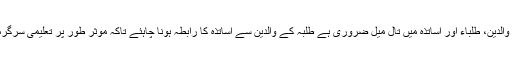
ڈاکٹر محمد عبدالعزیز سہیل نے اپنے خطاب میں کہا کہ علم کے حصول میں والدین، طلباء اور اساتذہ میں تال میل ضروری ہے طلبہ کے والدین سے اساتذہ کا رابطہ ہونا چاہئے تاکہ موثر طور پر تعلیمی سرگرمیوں کا انجام دیا جائے تعلیم کا مقصد بہتر شہری اور ذمہ دار انسان بنانا ہے۔